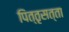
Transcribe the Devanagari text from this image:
पित्तृसत्ता